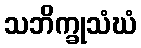
သဘိက္ခုသံဃံ